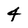
Character: 4